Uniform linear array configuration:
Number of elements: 32
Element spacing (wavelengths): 1
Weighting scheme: hann
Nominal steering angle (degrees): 60
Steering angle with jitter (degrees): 59.064
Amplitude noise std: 0.05
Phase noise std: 0.05

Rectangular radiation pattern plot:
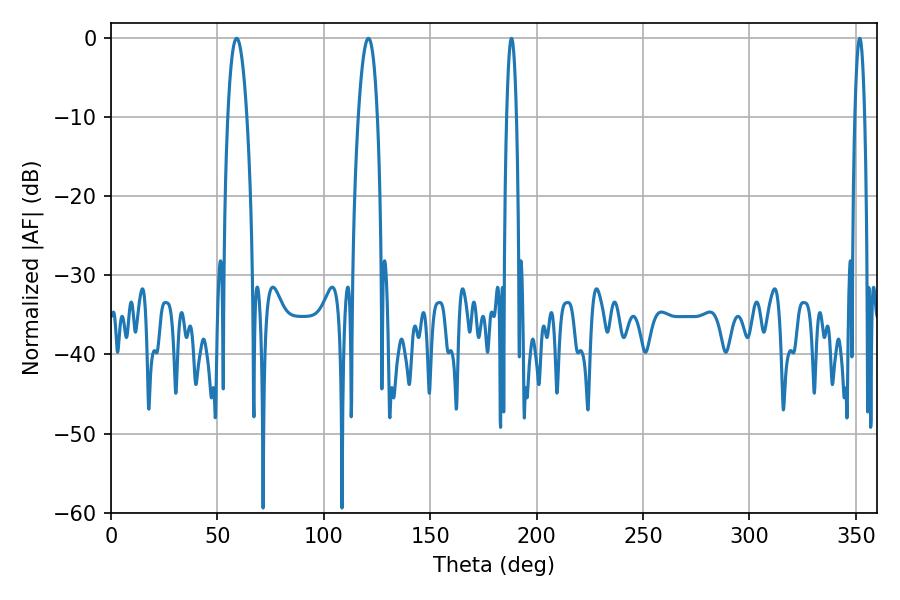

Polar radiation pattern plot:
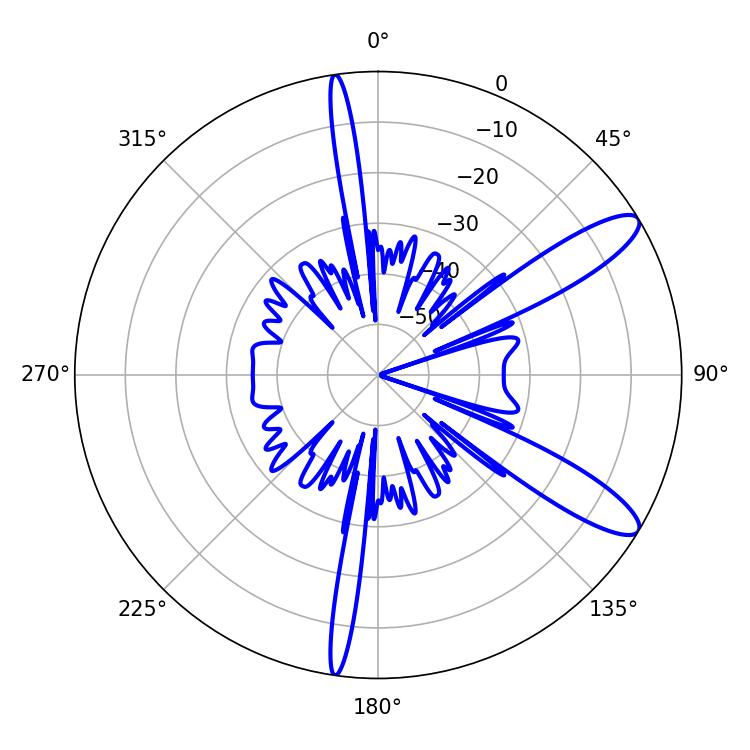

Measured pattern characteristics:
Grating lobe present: TRUE
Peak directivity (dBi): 11.342
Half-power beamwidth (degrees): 4.86
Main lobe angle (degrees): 59.04